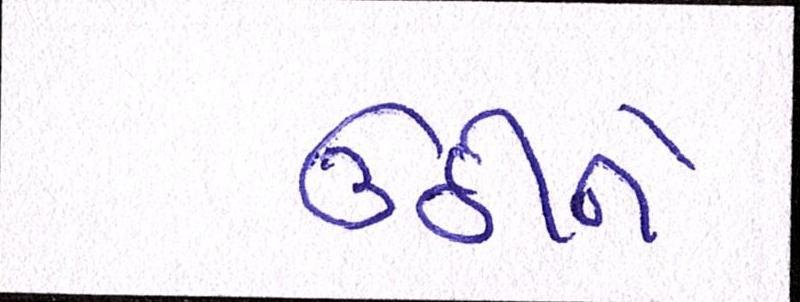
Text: ઉઠીને